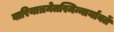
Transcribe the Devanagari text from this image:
वारियात्रमेतस्मिन्नार्यावर्तें